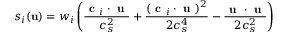
s _ { i } ( \mathbf { u } ) = w _ { i } \left( \frac { \textbf { c } _ { i } \cdot \textbf { u } } { c _ { s } ^ { 2 } } + \frac { ( \textbf { c } _ { i } \cdot \textbf { u } ) ^ { 2 } } { 2 c _ { s } ^ { 4 } } - \frac { \textbf { u } \cdot \textbf { u } } { 2 c _ { s } ^ { 2 } } \right)